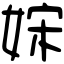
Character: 𡜻